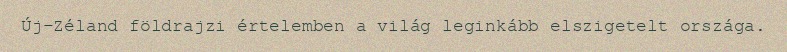
Új-Zéland földrajzi értelemben a világ leginkább elszigetelt országa.